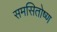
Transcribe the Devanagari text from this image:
समसितोष्ण